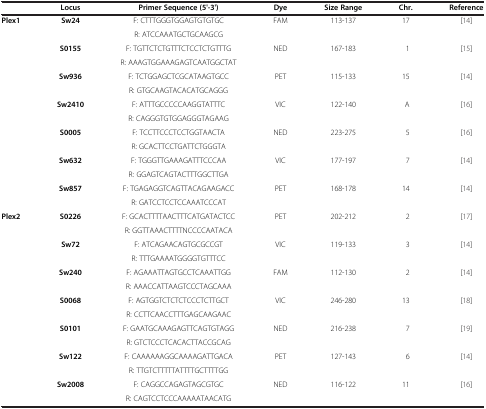
<table><thead><tr><td><b> </b></td><td><b>Locus</b></td><td><b>Primer Sequence (5&#x27;-3&#x27;)</b></td><td><b>Dye</b></td><td><b>Size Range</b></td><td><b>Chr.</b></td><td><b>Reference</b></td></tr></thead><tbody><tr><td><b>Plex1</b></td><td><b>Sw24</b></td><td>F: CTTTGGGTGGAGTGTGTGC</td><td>FAM</td><td>113-137</td><td>17</td><td>[14]</td></tr><tr><td> </td><td> </td><td>R: ATCCAAATGCTGCAAGCG</td><td> </td><td> </td><td> </td><td> </td></tr><tr><td> </td><td><b>S0155</b></td><td>F: TGTTCTCTGTTTCTCCTCTGTTTG</td><td>NED</td><td>167-183</td><td>1</td><td>[15]</td></tr><tr><td> </td><td> </td><td>R: AAAGTGGAAAGAGTCAATGGCTAT</td><td> </td><td> </td><td> </td><td> </td></tr><tr><td> </td><td><b>Sw936</b></td><td>F: TCTGGAGCTCGCATAAGTGCC</td><td>PET</td><td>115-133</td><td>15</td><td>[14]</td></tr><tr><td> </td><td> </td><td>R: GTGCAAGTACACATGCAGGG</td><td> </td><td> </td><td> </td><td> </td></tr><tr><td> </td><td><b>Sw2410</b></td><td>F: ATTTGCCCCCAAGGTATTTC</td><td>VIC</td><td>122-140</td><td>A</td><td>[16]</td></tr><tr><td> </td><td> </td><td>R: CAGGGTGTGGAGGGTAGAAG</td><td> </td><td> </td><td> </td><td> </td></tr><tr><td> </td><td><b>S0005</b></td><td>F: TCCTTCCCTCCTGGTAACTA</td><td>NED</td><td>223-275</td><td>5</td><td>[16]</td></tr><tr><td> </td><td> </td><td>R: GCACTTCCTGATTCTGGGTA</td><td> </td><td> </td><td> </td><td> </td></tr><tr><td> </td><td><b>Sw632</b></td><td>F: TGGGTTGAAAGATTTCCCAA</td><td>VIC</td><td>177-197</td><td>7</td><td>[14]</td></tr><tr><td> </td><td> </td><td>R: GGAGTCAGTACTTTGGCTTGA</td><td> </td><td> </td><td> </td><td> </td></tr><tr><td> </td><td><b>Sw857</b></td><td>F: TGAGAGGTCAGTTACAGAAGACC</td><td>PET</td><td>168-178</td><td>14</td><td>[14]</td></tr><tr><td> </td><td> </td><td>R: GATCCTCCTCCAAATCCCAT</td><td> </td><td> </td><td> </td><td> </td></tr><tr><td><b>Plex2</b></td><td><b>S0226</b></td><td>F: GCACTTTTAACTTTCATGATACTCC</td><td>PET</td><td>202-212</td><td>2</td><td>[17]</td></tr><tr><td> </td><td> </td><td>R: GGTTAAACTTTTNCCCCAATACA</td><td> </td><td> </td><td> </td><td> </td></tr><tr><td> </td><td><b>Sw72</b></td><td>F: ATCAGAACAGTGCGCCGT</td><td>VIC</td><td>119-133</td><td>3</td><td>[14]</td></tr><tr><td> </td><td> </td><td>R: TTTGAAAATGGGGTGTTTCC</td><td> </td><td> </td><td> </td><td> </td></tr><tr><td> </td><td><b>Sw240</b></td><td>F: AGAAATTAGTGCCTCAAATTGG</td><td>FAM</td><td>112-130</td><td>2</td><td>[14]</td></tr><tr><td> </td><td> </td><td>R: AAACCATTAAGTCCCTAGCAAA</td><td> </td><td> </td><td> </td><td> </td></tr><tr><td> </td><td><b>S0068</b></td><td>F: AGTGGTCTCTCTCCCTCTTGCT</td><td>VIC</td><td>246-280</td><td>13</td><td>[18]</td></tr><tr><td> </td><td> </td><td>R: CCTTCAACCTTTGAGCAAGAAC</td><td> </td><td> </td><td> </td><td> </td></tr><tr><td> </td><td><b>S0101</b></td><td>F: GAATGCAAAGAGTTCAGTGTAGG</td><td>NED</td><td>216-238</td><td>7</td><td>[19]</td></tr><tr><td> </td><td> </td><td>R: GTCTCCCTCACACTTACCGCAG</td><td> </td><td> </td><td> </td><td> </td></tr><tr><td> </td><td><b>Sw122</b></td><td>F: CAAAAAAGGCAAAAGATTGACA</td><td>PET</td><td>127-143</td><td>6</td><td>[14]</td></tr><tr><td> </td><td> </td><td>R: TTGTCTTTTTATTTTGCTTTTGG</td><td> </td><td> </td><td> </td><td> </td></tr><tr><td> </td><td><b>Sw2008</b></td><td>F: CAGGCCAGAGTAGCGTGC</td><td>NED</td><td>116-122</td><td>11</td><td>[16]</td></tr><tr><td> </td><td> </td><td>R: CAGTCCTCCCAAAAATAACATG</td><td> </td><td> </td><td> </td><td> </td></tr></tbody></table>